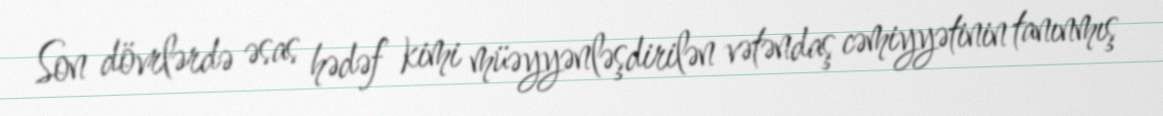
Son dövrlərdə əsas hədəf kimi müəyyənləşdirilən vətəndaş cəmiyyətinin tanınmış